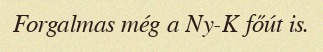
Forgalmas még a Ny-K főút is.